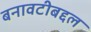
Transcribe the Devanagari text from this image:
बनावटीबद्दल